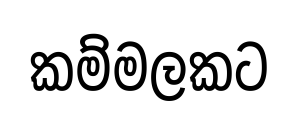
කම්මලකට